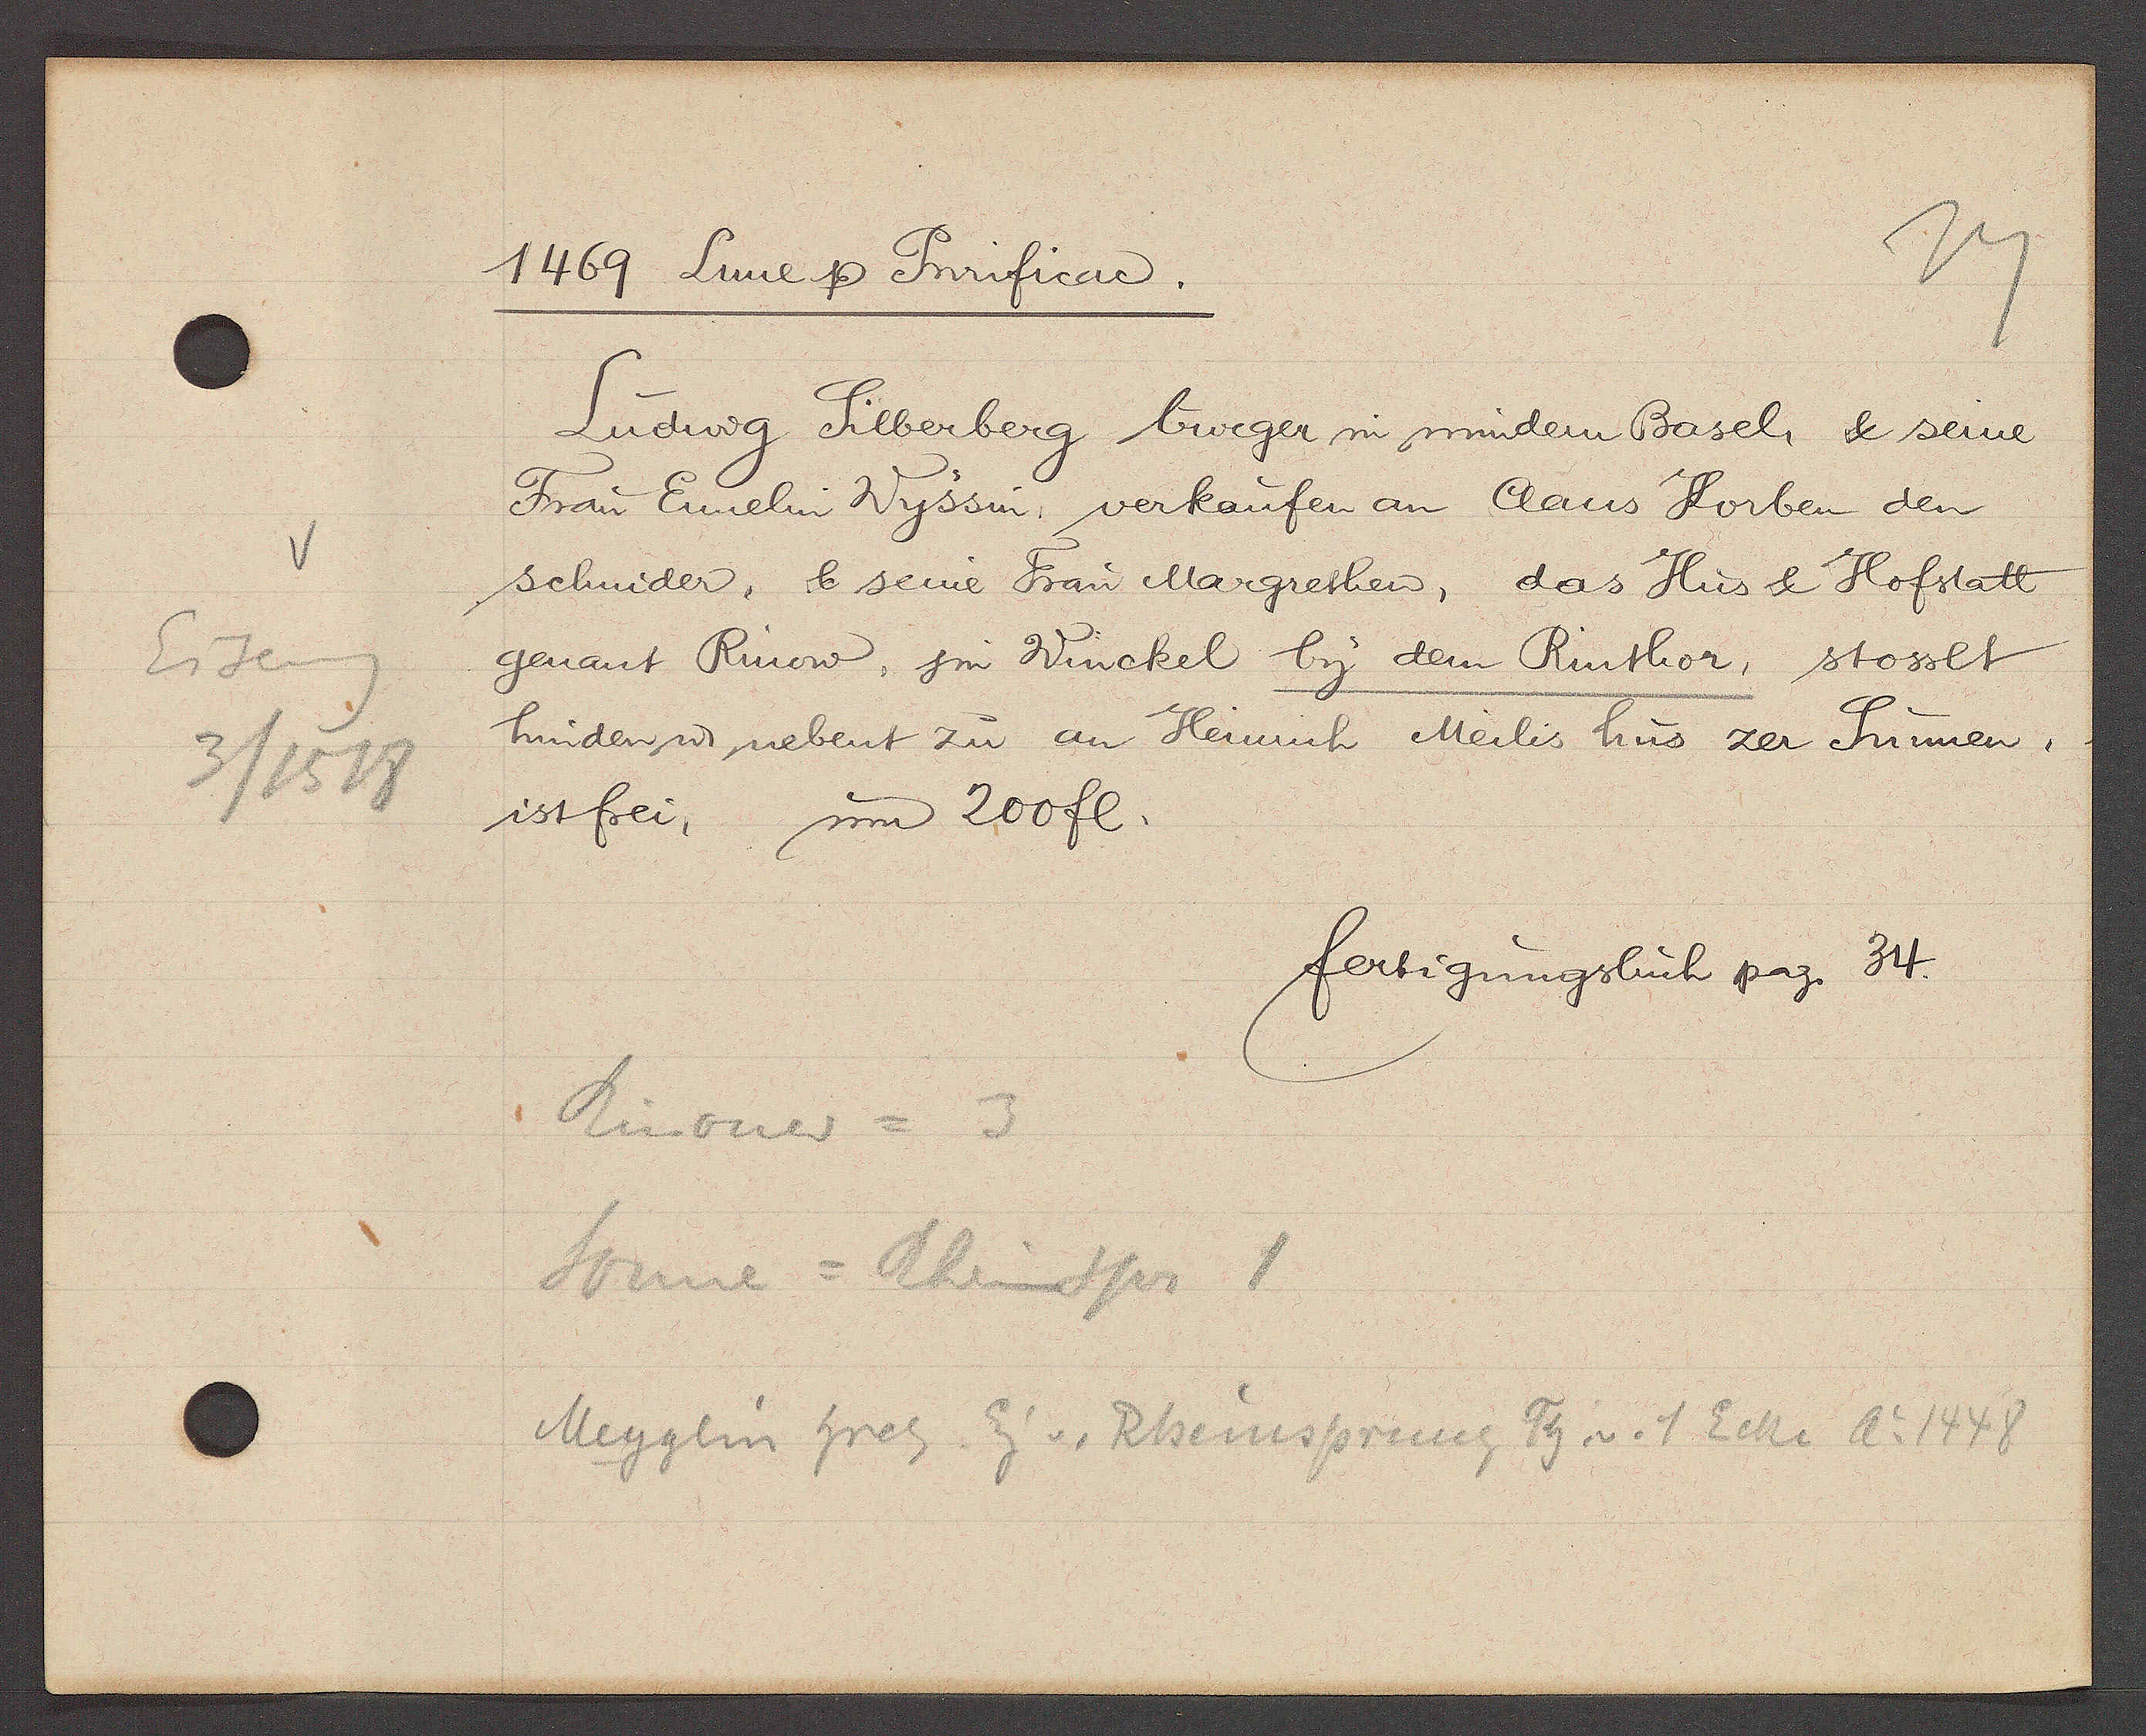
Transcript:
Eiseng
3/1518

1469 Lune Ƿ Purificad.
Ludwig Silberberg burger in mindem Basel & seine
Frau Ennelin Wyssin verkaufen an Claus Korben den
schnider, & seine Frau Margrethen, das Hus & Hofstatt
genant Rinow, jm Winckel by dem Rinthor, stosset
hinden ư nebent zu an Heinrich Meilis hus zer Sunnen.
ist frei, um 200 fl.
fertigungsbuch pag. 34
Rinouer = 3
Sonne = Rheinspr 1
Meyglin Hrch Eig v. Rheinsprung Th. v. 1 Ecke Ao 1448